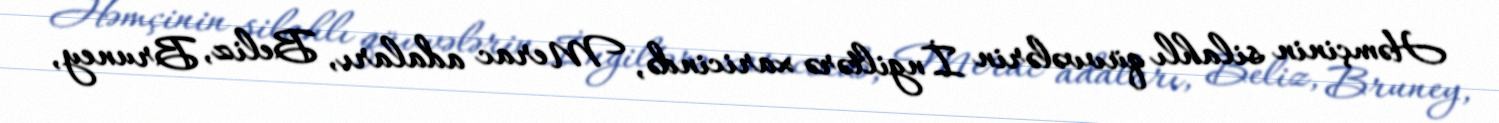
Həmçinin silahlı qüvvələrin İngiltərə xaricində, Merac adaları, Beliz, Bruney,